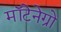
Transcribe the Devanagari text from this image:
मॉटेनेग्रो